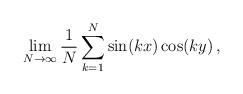
LaTeX: \begin{align*} \lim_{N\to\infty}\frac1N\sum_{k=1}^N\sin(kx)\cos(ky)\,,\end{align*}